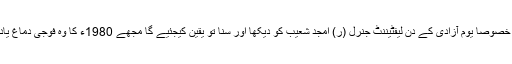
اور خصوصاً یوم آزادی کے دن لیفٹیننٹ جنرل (ر) امجد شعیب کو دیکھا اور سنا تو یقین کیجئیے گا مجھے 1980ء کا وہ فوجی دماغ یاد آیا۔